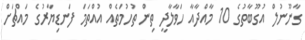
ގާނޫނުލް އުގޫބާތުގެ 10 މާއްދާއާ ހަވާލާދީ ތިން ތުހުމަތެއް އުއްތަމަ ފަނޑިޔާރުގެ މައްޗަށް